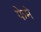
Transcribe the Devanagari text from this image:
फेमे